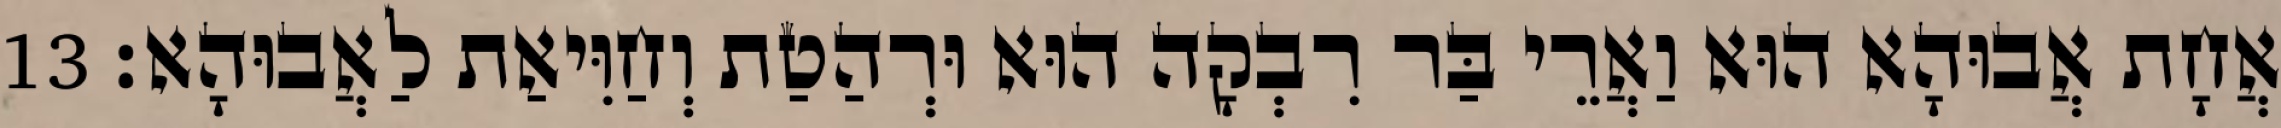
אֲחָת אֲבוּהָא הוּא וַאֲרֵי בַּר רִבְקָה הוּא וּרְהַטַת וְחַוִּיאַת לַאֲבוּהָא׃ 13